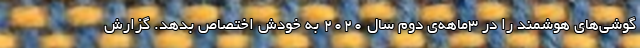
گوشی‌های هوشمند را در ۳ماهه‌ی دوم سال ۲۰۲۰ به خودش اختصاص بدهد. گزارش